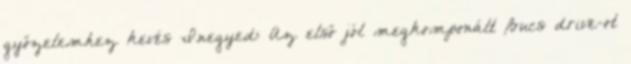
győzelemhez kevés I.negyed: Az első jól megkomponált Bucs drive-ot